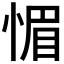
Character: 𮲉